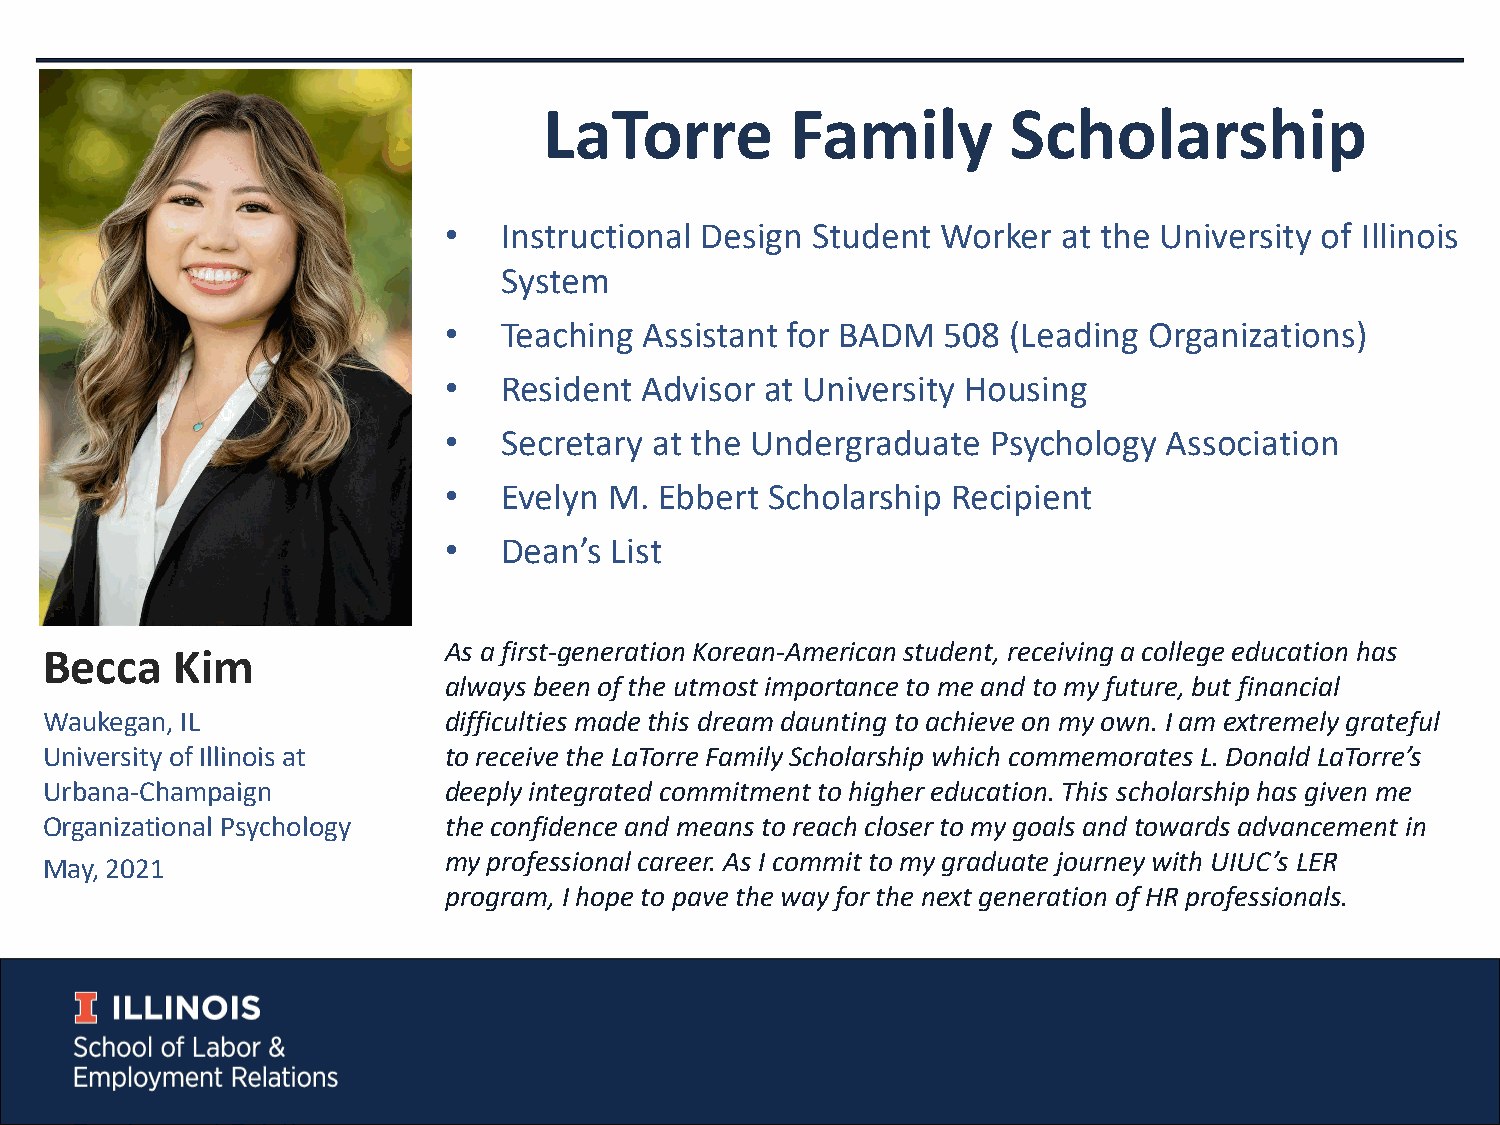
LaTorre         Family         Scholarship
 •   Instructional Design Student Worker  at the University of Illinois
 System
 •   Teaching  Assistant for BADM  508 (Leading Organizations)
 •   Resident Advisor  at University Housing
 •   Secretary at the Undergraduate   Psychology Association
 •   Evelyn M.  Ebbert Scholarship Recipient
 •   Dean’s List
 As a first-generation Korean-American student, receiving a college education has
 Becca   Kim
 always been of the utmost importance to me and to my future, but financial
 Waukegan, IL              difficulties made this dream daunting to achieve on my own. I am extremely grateful
 University of Illinois at to receive the LaTorreFamily Scholarship which commemorates L. Donald LaTorre’s
 Urbana-Champaign          deeply integrated commitment to higher education. This scholarship has given me
 Organizational Psychology the confidence and means to reach closer to my goals and towards advancement in
 my professional career. As I commit to my graduate journey with UIUC’s LER
 May, 2021
 program, I hope to pave the way for the next generation of HR professionals.